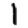
Digit: 1